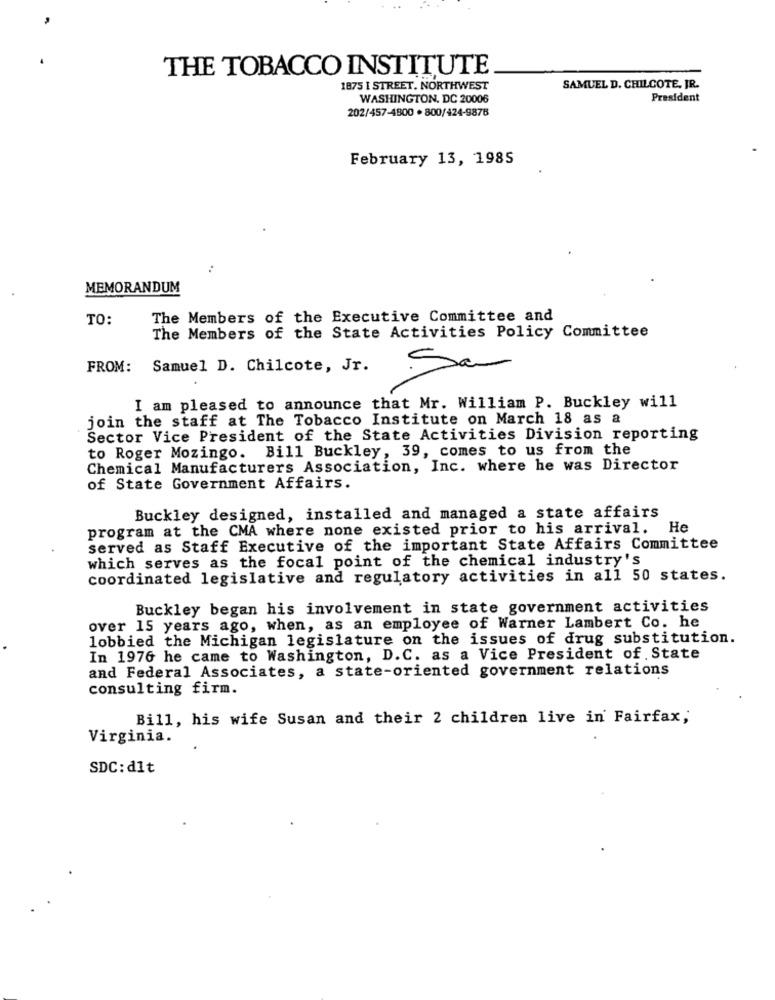
THE TOBACCO INSTITUTE
1875 I STREET. NORTHWEST
SAMUEL D. CHILCOTE. JR.
WASHINGTON, DC 20006
President
202/457-4800 . 800/424-9878
February 13, 1985
..
MEMORANDUM
TO:
The Members of the Executive Committee and
The Members of the State Activities Policy Committee
FROM:
Samuel D. Chilcote, Jr.
Sa
I am pleased to announce that Mr. William P. Buckley will
join the staff at The Tobacco Institute on March 18 as a
Sector Vice President of the State Activities Division reporting
to Roger Mozingo. Bill Buckley, 39, comes to us from the
Chemical Manufacturers Association, Inc. where he was Director
of State Government Affairs.
Buckley designed, installed and managed a state affairs
program at the CMA where none existed prior to his arrival. He
served as Staff Executive of the important State Affairs Committee
which serves as the focal point of the chemical industry's
coordinated legislative and regulatory activities in all 50 states.
Buckley began his involvement in state government activities
over 15 years ago, when, as an employee of Warner Lambert Co. he
lobbied the Michigan legislature on the issues of drug substitution.
In 1976 he came to Washington, D.C. as a Vice President of. State
and Federal Associates, a state-oriented government relations
consulting firm.
Bill, his wife Susan and their 2 children live in Fairfax;
Virginia.
SDC:d1t